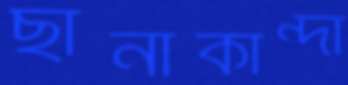
ছানাকান্দা